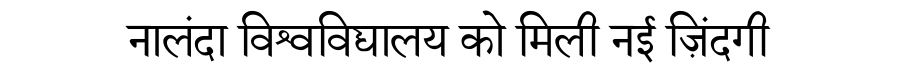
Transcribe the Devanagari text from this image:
नालंदा विश्वविद्यालय को मिली नई ज़िंदगी